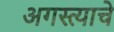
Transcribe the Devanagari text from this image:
अगस्त्याचे